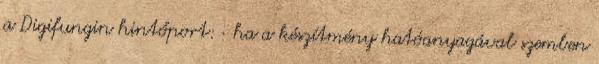
a Digifungin hintőport: · ha a készítmény hatóanyagával szemben